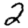
Digit: 2